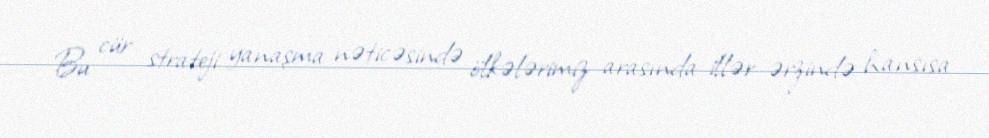
Bu cür strateji yanaşma nəticəsində ölkələrimiz arasında illər ərzində hansısa